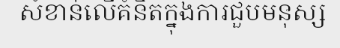
សំខាន់លើគំនិតក្នុងការជួបមនុស្ស